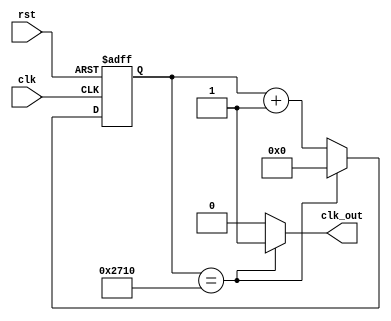
`timescale 1ns / 1ps
//////////////////////////////////////////////////////////////////////////////////
// Company: 
// Engineer: 
// 
// Design Name: 
// Module Name: counter
// Project Name: 
// Target Devices: 
// Tool Versions: 
// Description: 
// 
// Dependencies: 
// 
// Revision:
// Revision 0.01 - File Created
// Additional Comments:
// 
//////////////////////////////////////////////////////////////////////////////////


module counter(
    input clk,
    input rst,
    output clk_out
    );
    parameter period = 100000000;
    reg [13:0] cnt_1, cnt_2;
    always @ (posedge clk or posedge rst) 
        if(rst)
            cnt_1 <= 14'd0;
        else if(cnt_1 == 14'd10000 )
            cnt_1 <= 14'd0;
        else cnt_1 <= cnt_1 + 1'b1;
        
    assign clk_out = cnt_1 == 14'd10000 ? 1'b1 : 1'b0;
endmodule